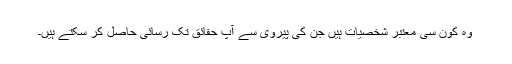
وہ کون سی معتبر شخصیات ہیں جن کی پیروی سے آپ حقائق تک رسائی حاصل کر سکتے ہیں۔